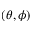
( \theta , \phi )